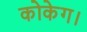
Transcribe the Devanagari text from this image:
कोकेग।